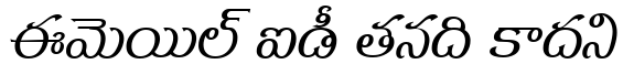
ఈమెయిల్ ఐడీ తనది కాదని